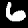
Digit: 6